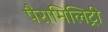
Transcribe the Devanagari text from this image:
पैरामिलिट्री